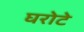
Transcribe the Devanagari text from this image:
घरोटे